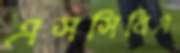
এসসিবিএ